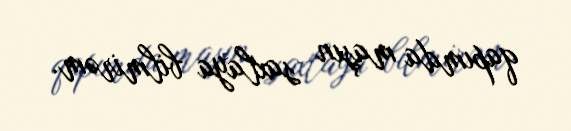
qapımda maşın saxlaya bilmirəm.